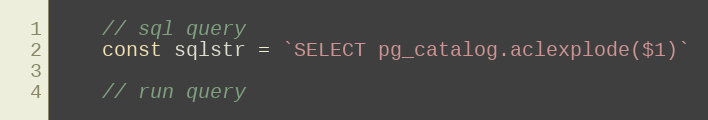
Language: Go
	// sql query
	const sqlstr = `SELECT pg_catalog.aclexplode($1)`

	// run query